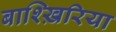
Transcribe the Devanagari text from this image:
बाश्ख़िरिया